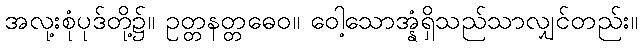
အလု့းစုံပုဒ်တို့၌။ ဥတ္တနတ္တဓေဝ။ ဝေါ့သောအ္နံရှိသည်သာလျှင်တည်း။